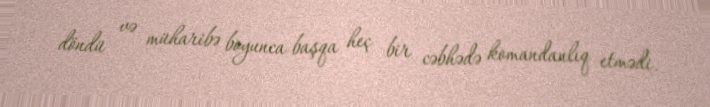
döndü və müharibə boyunca başqa heç bir cəbhədə komandanlıq etmədi.